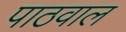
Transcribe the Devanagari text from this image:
पाठवाल